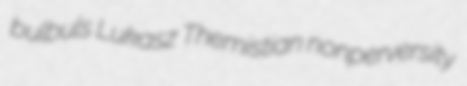
bulbuls Lukasz Themistian nonperversity